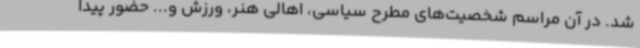
شد. در آن مراسم شخصیت‌های مطرح سیاسی، اهالی هنر، ورزش و... حضور پیدا